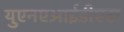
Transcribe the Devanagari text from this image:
युएनएआईडीएस